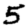
Digit: 5